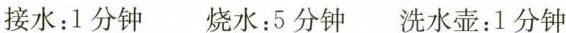
接水：1分钟 烧水：5分钟 洗水壶：1分钟